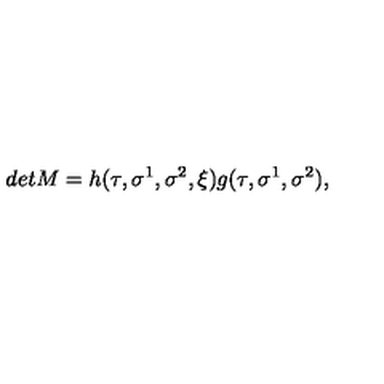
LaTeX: d e t M = h ( \tau , \sigma ^ { 1 } , \sigma ^ { 2 } , \xi ) g ( \tau , \sigma ^ { 1 } , \sigma ^ { 2 } ) , \nonumber